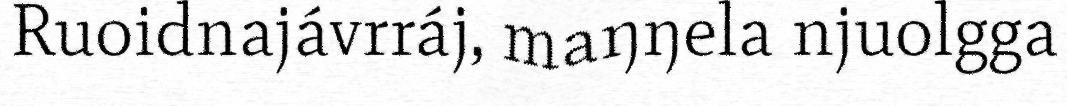
Ruoidnajávrráj, maŋŋela njuolgga